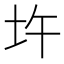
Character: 𡉦